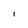
Character: I